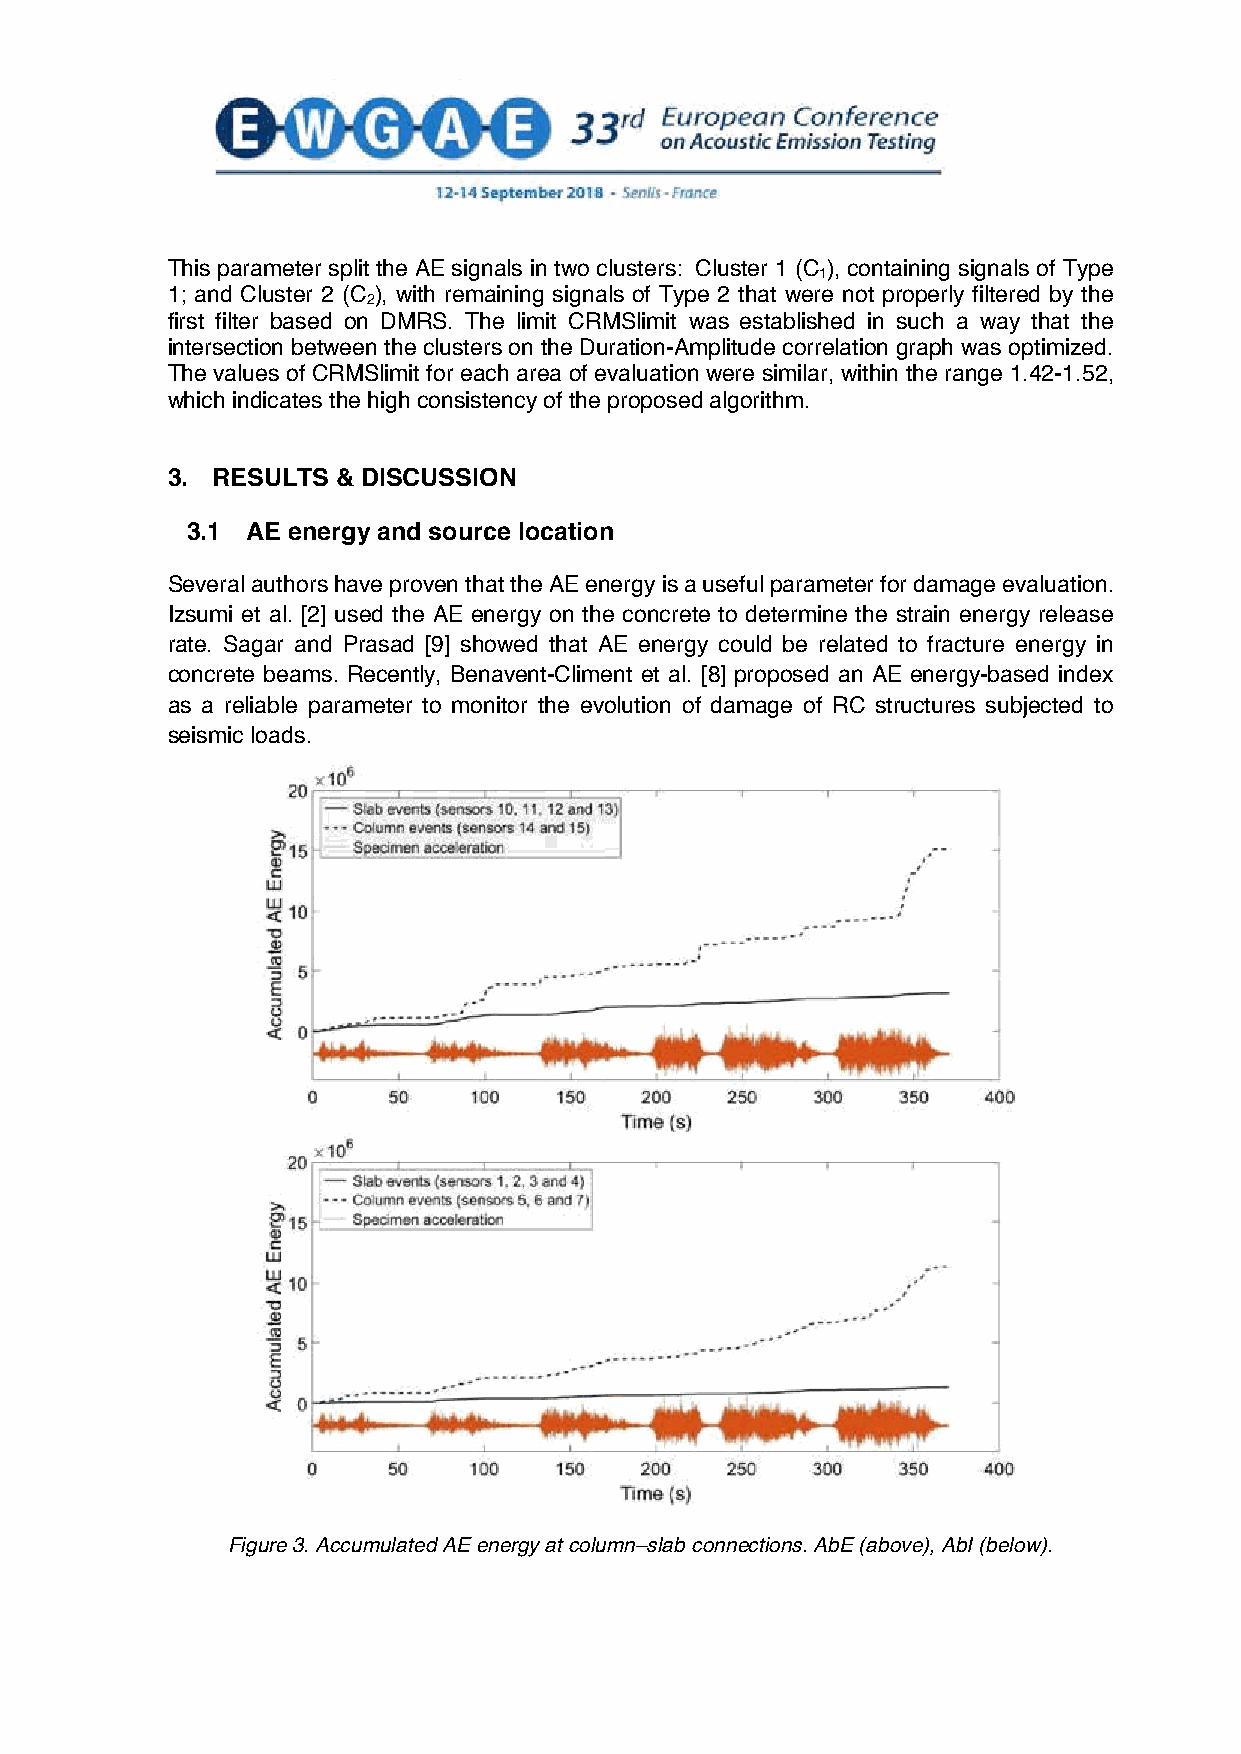
This parameter split the AE signals in two clusters: Cluster 1 (C ), containing signals of Type
 1
 1; and Cluster 2 (C ), with remaining signals of Type 2 that were not properly filtered by the
 2
 first filter based on DMRS. The limit CRMSlimit was established in such a way that the
 intersection between the clusters on the Duration-Amplitude correlation graph was optimized.
 The values of CRMSlimit for each area of evaluation were similar, within the range 1.42-1.52,
 which indicates the high consistency of the proposed algorithm.
 3. RESULTS & DISCUSSION
 3.1 AE energy and source location
 Several authors have proven that the AE energy is a useful parameter for damage evaluation.
 Izsumi et al. [2] used the AE energy on the concrete to determine the strain energy release
 rate. Sagar and Prasad [9] showed that AE energy could be related to fracture energy in
 concrete beams. Recently, Benavent-Climent et al. [8] proposed an AE energy-based index
 as a reliable parameter to monitor the evolution of damage of RC structures subjected to
 seismic loads.
 Figure 3. Accumulated AE energy at column–slab connections. AbE (above), AbI (below).
 4